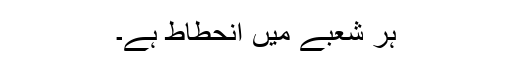
ہر شعبے میں انحطاط ہے۔